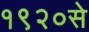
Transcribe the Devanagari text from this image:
१९२०से